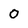
Character: O